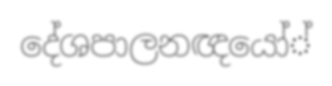
දේශපාලනඥයෝ්